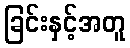
ခြင်းနှင့်အတူ